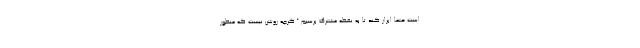
است حتما ابراز کند تا به نقطه مشترک برسیم.“ گرچه روشن نیست که منظور